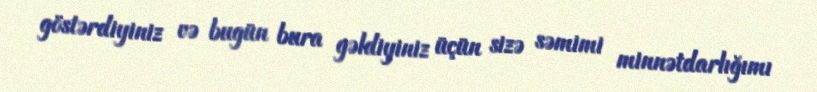
göstərdiyiniz və bugün bura gəldiyiniz üçün sizə səmimi minnətdarlığımı